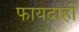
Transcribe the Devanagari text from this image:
फायदाही